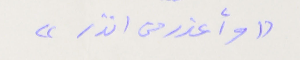
"وأعذر من انذر"